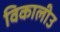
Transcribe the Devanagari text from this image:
विकालीउ